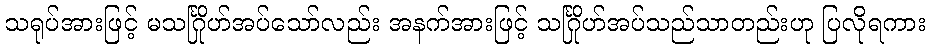
သရုပ်အားဖြင့် မသင်္ဂြိုဟ်အပ်သော်လည်း အနက်အားဖြင့် သင်္ဂြိုဟ်အပ်သည်သာတည်းဟု ပြလိုရကား